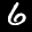
Label: 6